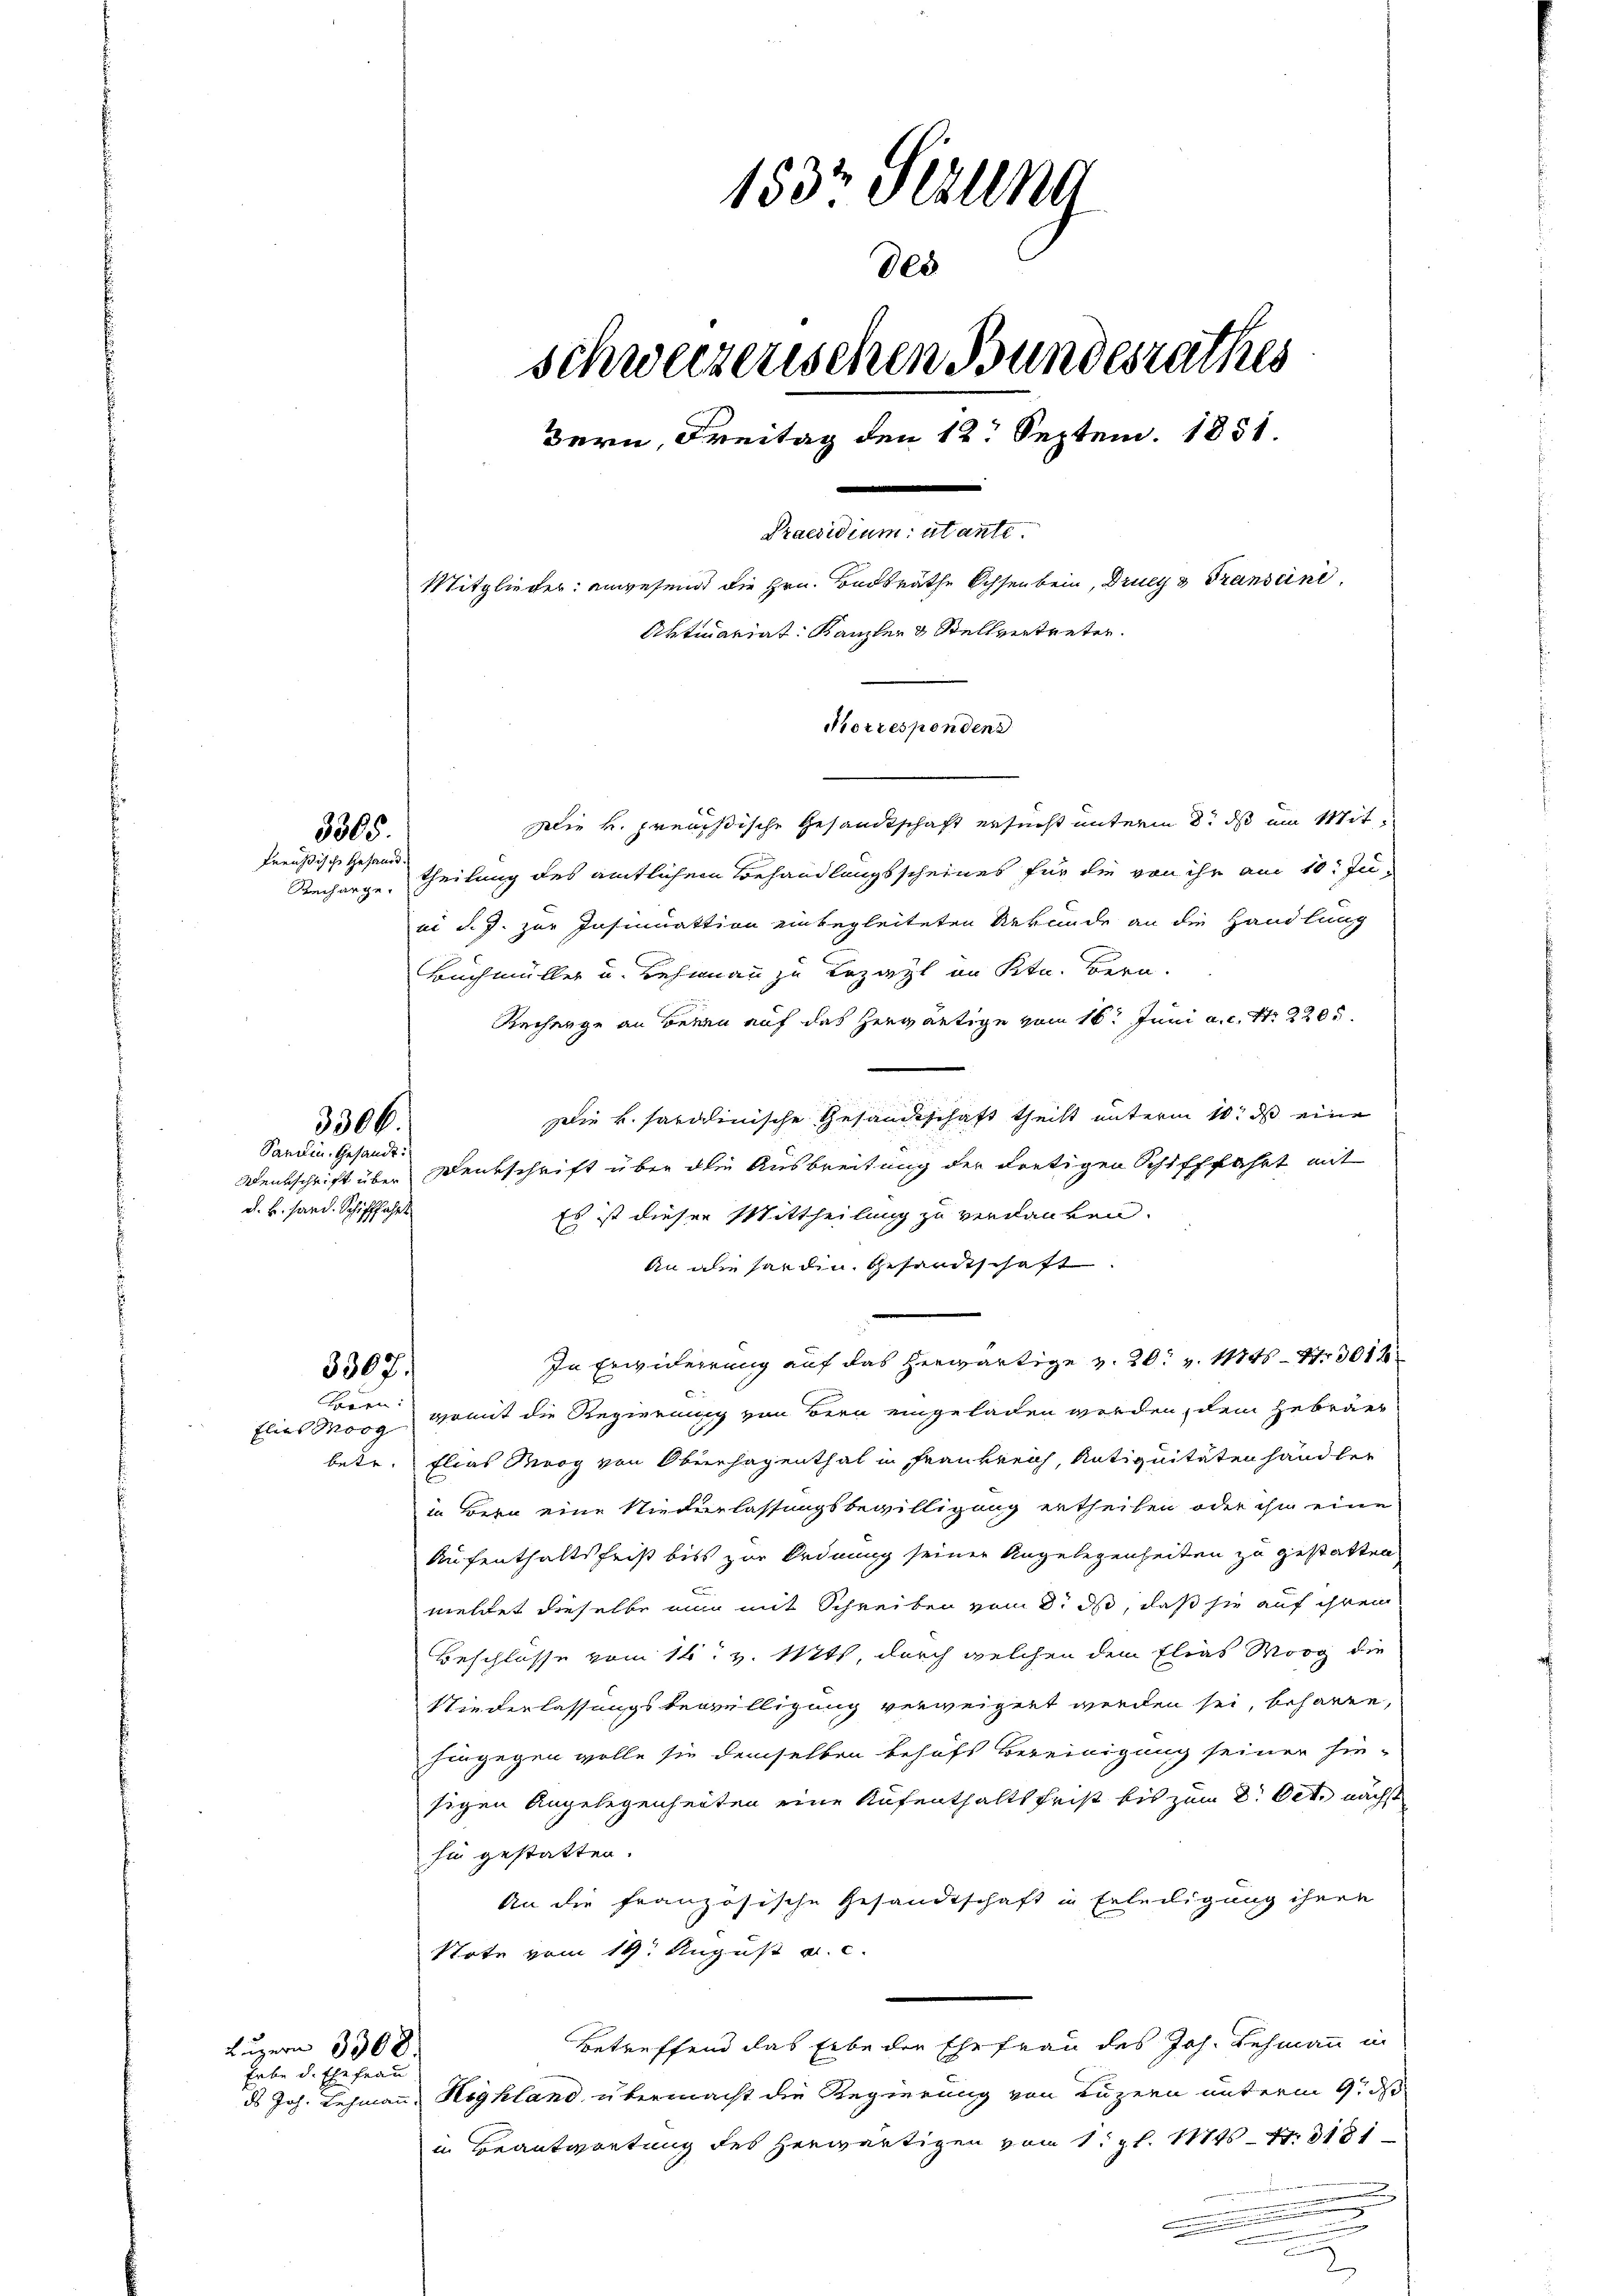
Preußische Gesandt.

3305.

Sardin. Gesandt:
d. h. sand. Schifffahrt

3306.

3307.

flies Morg

Luzern 3308.
habe d. Ehefrau

Die k. preußische Gesandtschaft ersucht unterm 8. ds im Mit¬
Recharge, theilung des amtlichem Behandlungsscheines für die von ihr am 10. Juii d. J. zur Insinuattion einbegleiteten Urkunde an die Handlung
Buchmüller u. Rehrnau zu Bezahl im Ktn. Bern.
Rechenge an Bernen auf das herwärtige vom 16t Juni a. c. Nr. 2205.
Die k. Sardinische Gesandtschaft theilt unterm 10. ds eine
Denkschrift über Denkschrift über die Ausbreitung der dortigen Schifffahrt mit
Es ist dieser Mittheilung zu verdanken.
An die handen Gesandtschaft
In Erwiderrung auf das herwärtige v. 20. v. 1846 - 4. 3011
bern, womit die Regierung von Bern eingeladen werden, dem Gebräer
betr. Elias Meog von Oberhagenthal in Frankreich, Antiquitäten handler
in Bern eine Niederlassungsbewilligung ertheilen oder ihn eine
Aufenthaltsfrist bis zur Ordnung seiner Angelegenheiten zu gestatten
c
meltet dieselbe nur mit Schreiben vom 8. ds, daß sie auf ihrem
Beschlüsse vom 16. v. Mts., durch welchen dem Elias Morg die
Niederlassungsbewilligung verweigert werden sei, beharen,
Eingegen wolle sie demselben behufs Bereinigung seiner hin-
sigen Angelegenheiten eine Aufenthalts Frist bis zum 8. Oct. nächst
fin gestatten.
An die französische Gesandtschaft in Erledigung ihren
Note vom 19. August a. c.
Betreffend das Erbe der Ehefrau des Joh. Lehmann in
ds Joh. Lehmann, Highland übermacht die Regierung von Luzern unterm 9. d
in Beantwortung des herwärtigen vom 1. gl. Mts. S. 181
.
u

153 Sizung
schweizerischen Bundesrathes
Bern, Freitag den 12. Septem. 1851.
Praesidium utante.
Mitglieder: angesend die Hrn. Badsräthe Ochsenbein, Drucys Transeine
Aktivariat. Kanzler & Stellvertreter.
Morresponden

808